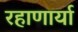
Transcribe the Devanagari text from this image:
रहाणार्या